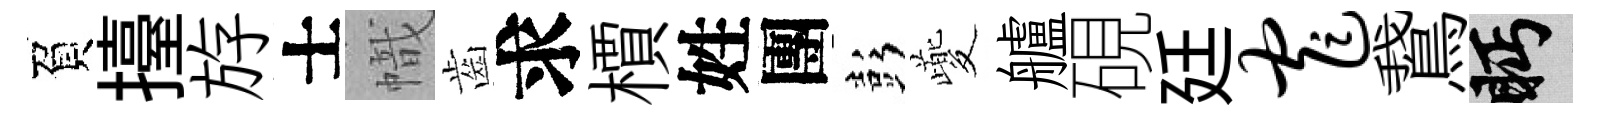
負擡斿士幟齒求檟姓團彭夔艫硯廷窄鵞眄